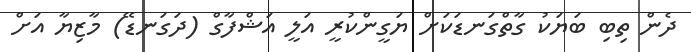
ދެން ތިބި ބަޔަކު ގާތްގަނޑަކަށް ޔަގީންކުރީ އަލީ އަޝްފާގް (ދަގަނޑޭ) މާޒިޔާ އަށް